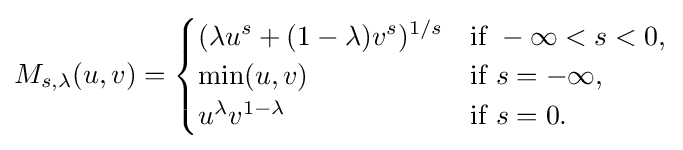
M_{s,\lambda }(u,v)={\begin{cases}(\lambda u^{s}+(1-\lambda )v^{s})^{1/s}&{\text{if }}-\infty <s<0,\\\min(u,v)&{\text{if }}s=-\infty ,\\u^{\lambda }v^{1-\lambda }&{\text{if }}s=0.\end{cases}}